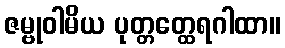
ဇမ္ဗုဝါမိယ ပုတ္တတ္ထေရဂါထာ။